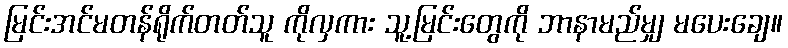
မြင်းအင်မတန်ရိုက်တတ်သူ ကိုလှကား သူ့မြင်းတွေကို ဘာနာမည်မျှ မပေးချေ။